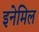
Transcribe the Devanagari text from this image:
इनेमिल